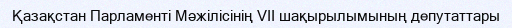
Қазақстан Парламенті Мәжiлiсінің VII шақырылымының депутаттары